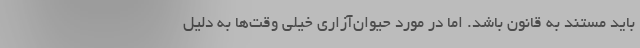
باید مستند به قانون باشد. اما در مورد حیوان‌آزاری خیلی وقت‌ها به دلیل